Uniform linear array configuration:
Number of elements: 32
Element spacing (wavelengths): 0.5
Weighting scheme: binomial
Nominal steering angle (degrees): -45
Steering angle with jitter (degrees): -46.102
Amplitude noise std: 0.05
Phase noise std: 0.05

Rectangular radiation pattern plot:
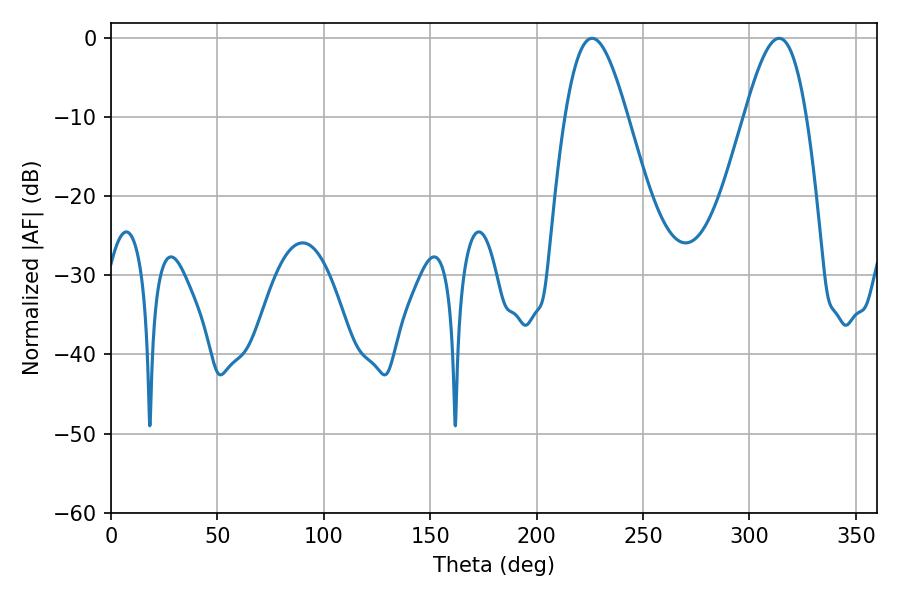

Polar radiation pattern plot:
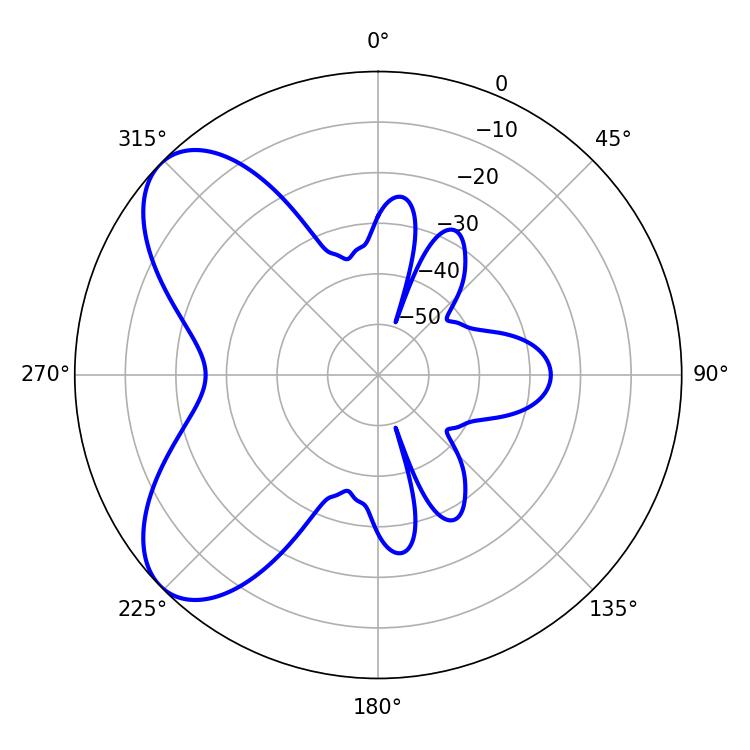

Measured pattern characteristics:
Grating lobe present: FALSE
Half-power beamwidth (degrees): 15.66
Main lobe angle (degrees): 313.92